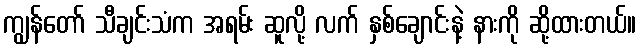
ကျွန်တော် သီချင်းသံက အရမ်း ဆူလို့ လက် နှစ်ချောင်းနဲ့ နားကို ဆို့ထားတယ်။